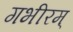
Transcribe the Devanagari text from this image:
गभीरम्